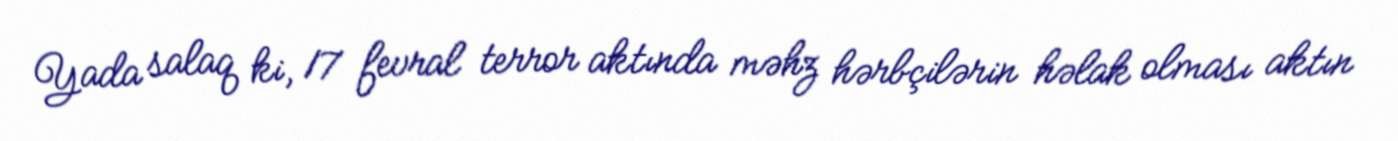
Yada salaq ki, 17 fevral terror aktında məhz hərbçilərin həlak olması aktın